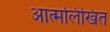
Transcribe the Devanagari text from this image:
आत्मलिखित